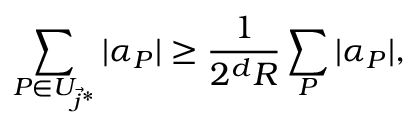
\sum _ { P \in U _ { \vec { j } ^ { * } } } | \alpha _ { P } | \geq \frac { 1 } { 2 ^ { d } R } \sum _ { P } | \alpha _ { P } | ,